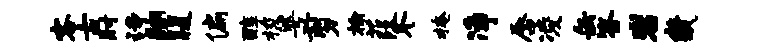
客古肘诗翮腹偏醇梭婆剪榆葭冬掩净唇凌缶答岩畿